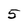
Character: 5